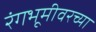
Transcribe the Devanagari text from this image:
रंगभूमीवरच्या